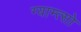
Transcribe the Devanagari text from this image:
ग्याम्त्सो